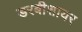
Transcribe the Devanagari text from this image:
डरबीशायर